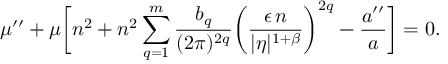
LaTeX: \mu ^ { \prime \prime } + \mu \biggl [ n ^ { 2 } + n ^ { 2 } \sum _ { q = 1 } ^ { m } \frac { b _ { q } } { ( 2 \pi ) ^ { 2 q } } \biggl ( \frac { \epsilon \, n } { \vert \eta \vert ^ { 1 + \beta } } \biggr ) ^ { 2 q } - \frac { a ^ { \prime \prime } } { a } \biggr ] = 0 .